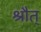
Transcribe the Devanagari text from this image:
श्रौत्